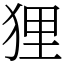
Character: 狸